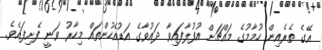
އޭގެ ތެރެއިން ހުމާމުގެ މައްޗަށް އުފުލާފައިވާ ދައުވާގެ އަޑުއެހުންތައް މިހާރު ވަނީ ފެށިފައެވެ.